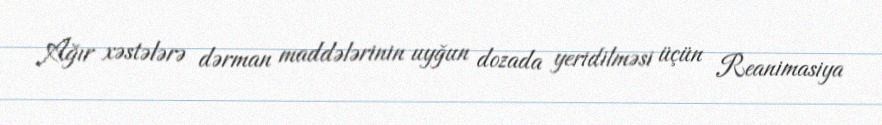
Ağır xəstələrə dərman maddələrinin uyğun dozada yeridilməsi üçün Reanimasiya